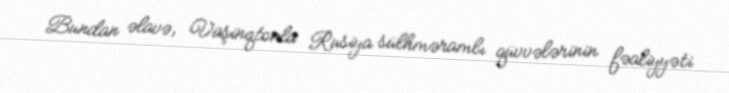
Bundan əlavə, Vaşinqtonla Rusiya sülhməramlı qüvvələrinin fəaliyyəti